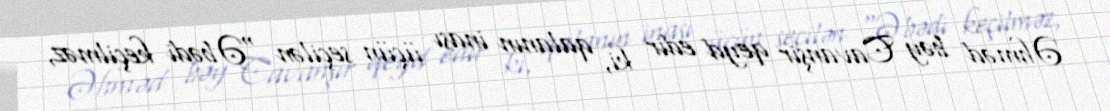
Əhməd bəy Cavanşir qeyd edir ki, qalanın inası üçün seçilən "Əbədi keçilməz,